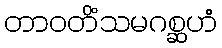
တာဝတိံသမဂစ္ဆဟံ